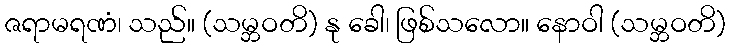
ဇရာမရဏံ၊ သည်။ (သမ္ဘဝတိ) နု ခေါ၊ ဖြစ်သလော။ နောဝါ (သမ္ဘဝတိ)